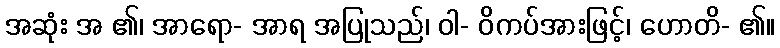
အဆုံး အ ၏၊ အာရော- အာရ အပြုသည်၊ ဝါ- ဝိကပ်အားဖြင့်၊ ဟောတိ- ၏။